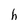
Character: h